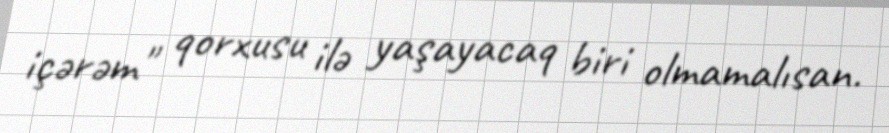
içərəm" qorxusu ilə yaşayacaq biri olmamalısan.